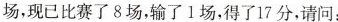
场，现已比赛了8场，输了1场，得了17分，请问：